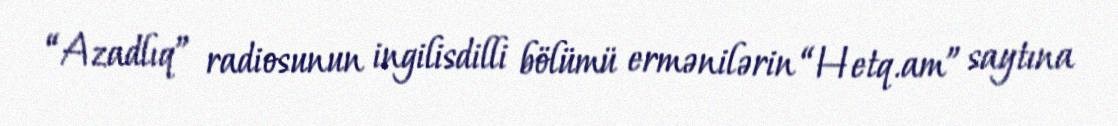
“Azadlıq” radiosunun ingilisdilli bölümü ermənilərin “Hetq.am” saytına